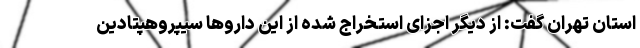
استان تهران گفت: از دیگر اجزای استخراج شده از این داروها سیپروهپتادین